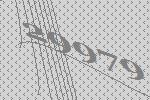
29979